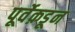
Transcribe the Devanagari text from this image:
पूर्वेक़डून